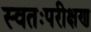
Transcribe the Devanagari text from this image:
स्वतःपरीक्षण